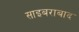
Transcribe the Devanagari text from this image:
साइबराबाद